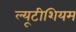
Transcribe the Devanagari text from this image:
ल्यूटीशियम